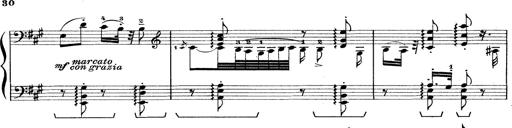
Title: Rapsodie: 19 ungheresi, 1 spagnuola
Composer: Franz Liszt